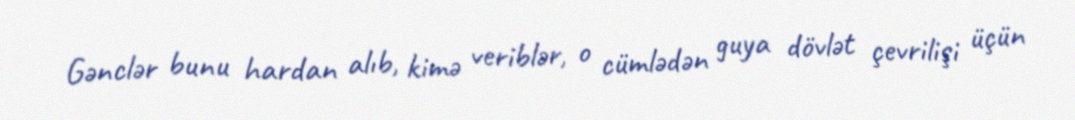
Gənclər bunu hardan alıb, kimə veriblər, o cümlədən guya dövlət çevrilişi üçün